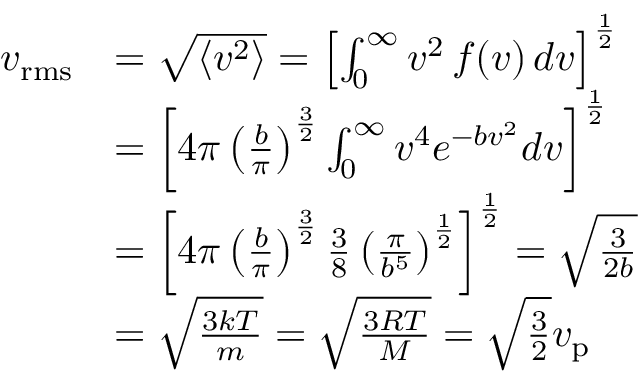
{ \begin{array} { r l } { v _ { \mathrm { r m s } } } & { = { \sqrt { \langle v ^ { 2 } \rangle } } = \left[ \int _ { 0 } ^ { \infty } v ^ { 2 } \, f ( v ) \, d v \right] ^ { \frac { 1 } { 2 } } } \\ & { = \left[ 4 \pi \left( { \frac { b } { \pi } } \right) ^ { \frac { 3 } { 2 } } \int _ { 0 } ^ { \infty } v ^ { 4 } e ^ { - b v ^ { 2 } } d v \right] ^ { \frac { 1 } { 2 } } } \\ & { = \left[ 4 \pi \left( { \frac { b } { \pi } } \right) ^ { \frac { 3 } { 2 } } { \frac { 3 } { 8 } } \left( { \frac { \pi } { b ^ { 5 } } } \right) ^ { \frac { 1 } { 2 } } \right] ^ { \frac { 1 } { 2 } } = { \sqrt { \frac { 3 } { 2 b } } } } \\ & { = { \sqrt { \frac { 3 k T } { m } } } = { \sqrt { \frac { 3 R T } { M } } } = { \sqrt { \frac { 3 } { 2 } } } v _ { \mathrm { p } } } \end{array} }